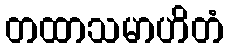
တထာသမာဟိတံ